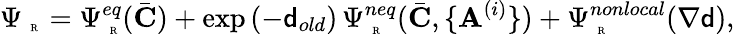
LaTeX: \Psi_{\mathrm{~\tiny~R~}}=\Psi_{\mathrm{~\tiny~R~}}^{eq}(\bar{\mathbf{C}})+\exp{(-{\mathsf{d}}_{old})}\, \Psi_{\mathrm{~\tiny~R~}}^{neq}(\bar{\mathbf{C}},\{ \mathbf{A}^{(i)}\} )+\Psi_{\mathrm{~\tiny~R~}}^{nonlocal}(\nabla{\mathsf{d}}),